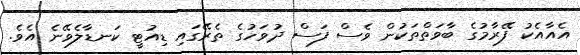
އެއާއެކު ފޭރާމުގެ ބާވަތްތަކުން ވެސް ފަސް ދުވަހުގެ ތެރޭގައި ޑިއުޓީ ކަނޑާލެވޭނެ އެވެ.